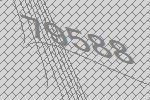
79588